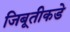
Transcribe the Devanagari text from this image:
जिबूतीकडे